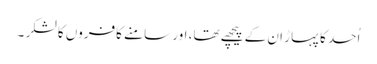
اُحد کا پہاڑ ان کے پیچھے تھا، اور سامنے کافروں کا لشکر ۔